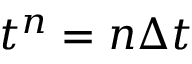
t ^ { n } = n \Delta t